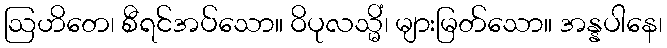
ဩဟိတေ၊ စီရင်အပ်သော။ ဝိပုလသ္မိံ၊ များမြတ်သော။ အန္နပါနေ၊